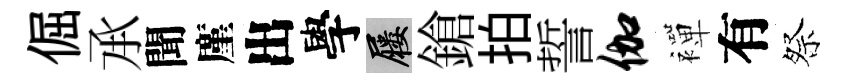
倔𠄘聞廑出學屨鎗拍誓伽襌有祭